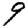
Digit: 9